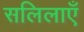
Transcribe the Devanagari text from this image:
सलिलाएँ